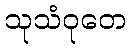
သုသံဝုတေ